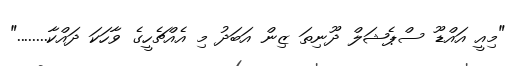
"މިއީ އައްޑޫ ސްޕެޝަލް ދޫނިތަ ޒިން އަބަދު މި އެއްޗެހީގެ ވާހަކަ ދައްކާ........"